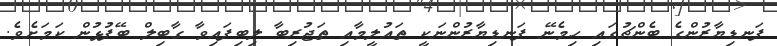
ފަނޑިޔާރުންގެ ބެންޗުގައި ހިމެނޭ ފަނޑިޔާރުންނަކީ ތައުލީމާއި ތަޖުރިބާ ލިބިފައިވާ ގާބިލް ބޭފުޅުން ކަމަށެވެ.